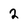
Character: 2